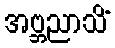
အဗ္ဘညာသိံ